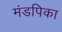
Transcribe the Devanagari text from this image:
मंडपिका